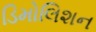
ડિમોલિશન